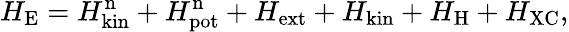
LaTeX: H_{\mathrm{E}}=H_{\mathrm{kin}}^{\mathrm{n}}+H_{\mathrm{pot}}^{\mathrm{n}}+H_{\mathrm{ext}}+H_{\mathrm{kin}}+H_{\mathrm{H}}+H_{\mathrm{XC}},